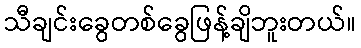
သီချင်းခွေတစ်ခွေဖြန့်ချိဘူးတယ်။